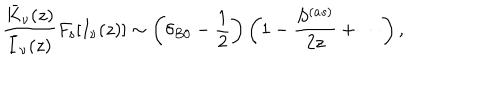
\frac { \bar { K } _ { \nu } ( z ) } { \bar { I } _ { \nu } ( z ) } F _ { \mathrm { s } } [ I _ { \nu } ( z ) ] \sim \left( \delta _ { B 0 } - \frac { 1 } { 2 } \right) \left( 1 - \frac { S ^ { ( a s ) } } { 2 z } + \cdots \right) ,